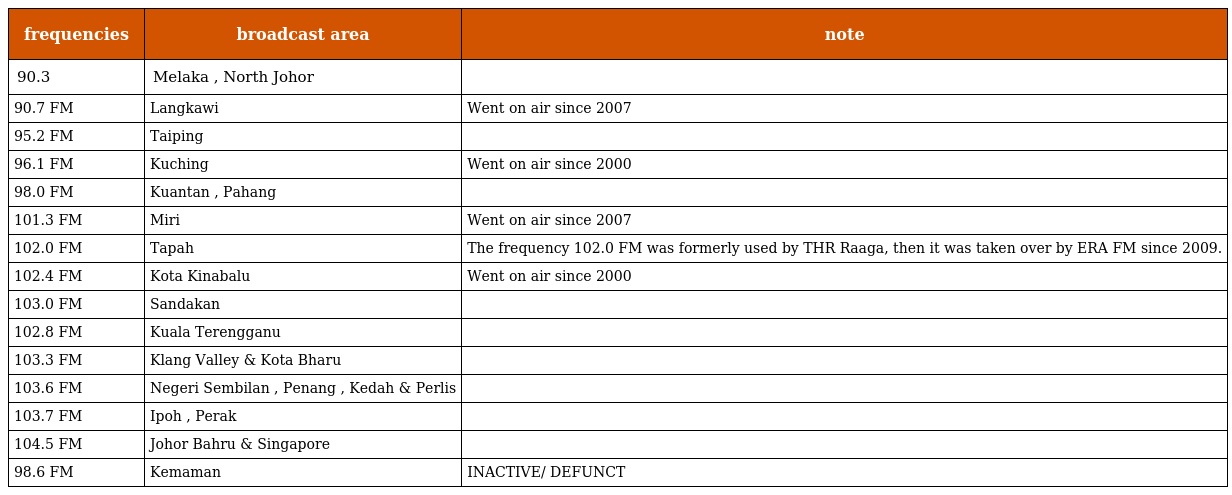
| frequencies | broadcast area | note |
 | --- | --- | --- |
 | 90.3 | Melaka , North Johor |  |
 | 90.7 FM | Langkawi | Went on air since 2007 |
 | 95.2 FM | Taiping |  |
 | 96.1 FM | Kuching | Went on air since 2000 |
 | 98.0 FM | Kuantan , Pahang |  |
 | 101.3 FM | Miri | Went on air since 2007 |
 | 102.0 FM | Tapah | The frequency 102.0 FM was formerly used by THR Raaga, then it was taken over by ERA FM since 2009. |
 | 102.4 FM | Kota Kinabalu | Went on air since 2000 |
 | 103.0 FM | Sandakan |  |
 | 102.8 FM | Kuala Terengganu |  |
 | 103.3 FM | Klang Valley & Kota Bharu |  |
 | 103.6 FM | Negeri Sembilan , Penang , Kedah & Perlis |  |
 | 103.7 FM | Ipoh , Perak |  |
 | 104.5 FM | Johor Bahru & Singapore |  |
 | 98.6 FM | Kemaman | INACTIVE/ DEFUNCT |